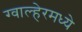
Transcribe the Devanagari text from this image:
ग्वाल्हेरमध्ये